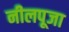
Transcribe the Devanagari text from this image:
नीलपूजा